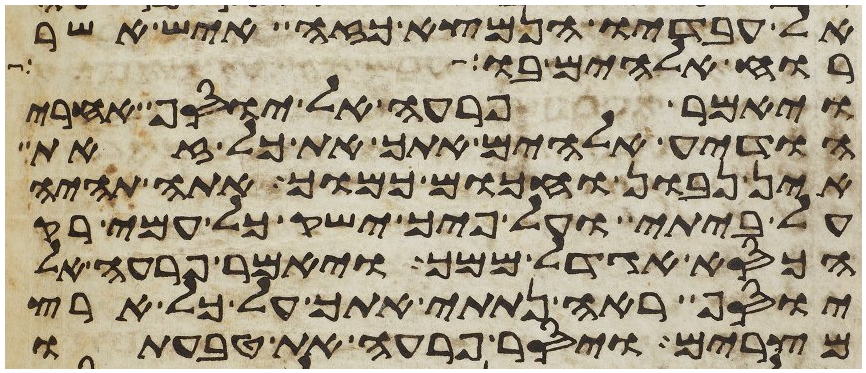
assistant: אל עבדיו הנמצא כזה איש אשר
רוח אלהים בו
ויאמר פרעה אל יוסף אחרי
הודיע אלהים אתך את כל זאת
אין נבון וחכום כמוך אתה תהיה
על ביתי ועל פיך ישק כל עמי רק
הכסא אגדל ממך ויאמר פרעה אל
יוסף ראה נתתי אתך על כל ארץ
מצרים ויסר פרעה את טבעתו